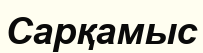
Сарқамыс